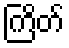
ကြိတ်